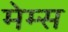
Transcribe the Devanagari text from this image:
मेम्स